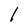
Character: 1